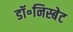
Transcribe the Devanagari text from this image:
डॉ॰निस्बेट